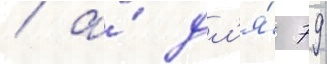
/ а́ дл'я́ 79